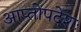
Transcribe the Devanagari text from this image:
आप्तोपदेशः